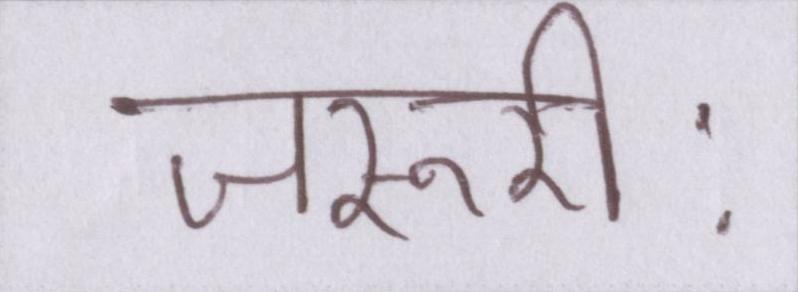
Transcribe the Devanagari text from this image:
जरूरीः